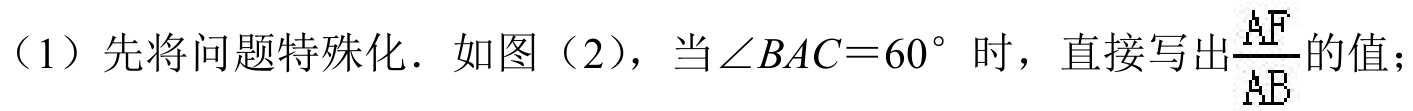
（1）先将问题特殊化．如图（2），当\(\angle BAC = 60^{\circ}\)时，直接写出\(\frac{AF}{AB}\)的值；